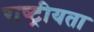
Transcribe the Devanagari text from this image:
राष्‍ट्रीयता